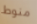
منوط